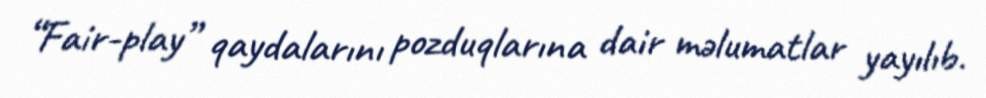
“Fair-play” qaydalarını pozduqlarına dair məlumatlar yayılıb.